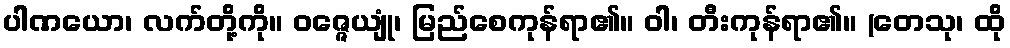
ပါဏယော၊ လက်တို့ကို။ ဝဇ္ဇေယျုံ၊ မြည်စေကုန်ရာ၏။ ဝါ၊ တီးကုန်ရာ၏။ (တေသု၊ ထို